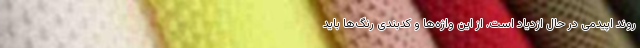
روند اپیدمی در حال ازدیاد است. از این واژه‌ها و کدبندی رنگ‌ها باید